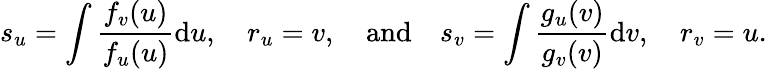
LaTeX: s_{u}=\int\frac{f_{v}(u)}{f_{u}(u)}\mathrm{d}u,\quad r_{u}=v,\quad\mathrm{and}\quad s_{v}=\int\frac{g_{u}(v)}{g_{v}(v)}\mathrm{d}v,\quad r_{v}=u.